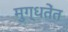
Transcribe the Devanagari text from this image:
मुग्धतेंत